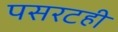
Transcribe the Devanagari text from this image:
पसरटही